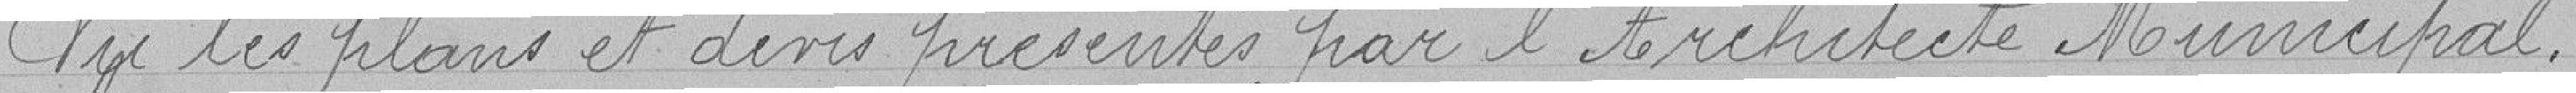
Vu les plans et devis présentés par l'Architecte Municipal